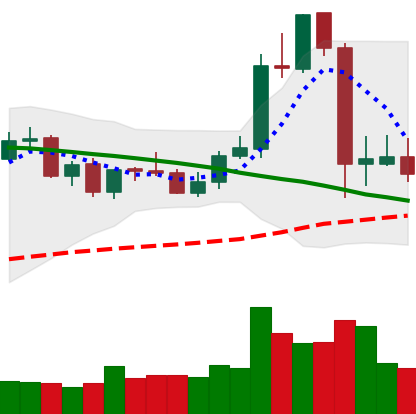
Ticker: LTC-USD
Chart end date: 2021-09-10
Forward return: 8.574%
Label: up_7plus